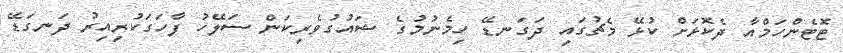
ޓޮޓެންހަމްއާ ދެކޮޅަށް ކުޅޭ މެޗުގައި ދަގަނޑޭ ހިމެނުމުގެ ޝައުގުވެރިކަން ސަލޭހު ފާހަގަކުރިއިރު ދަނގަޑޭ